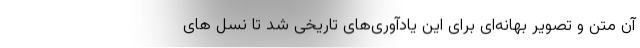
آن متن و تصویر بهانه‌ای برای این یادآوری‌های تاریخی شد تا نسل های